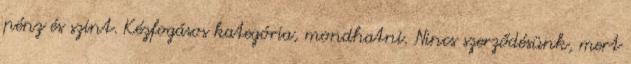
pénz és szint. Kézfogásos kategória, mondhatni. Nincs szerződésünk, mert